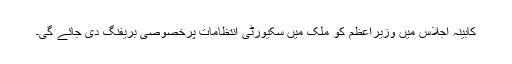
کابینہ اجلاس میں وزیراعظم کو ملک میں سکیورٹی انتظامات پرخصوصی بریفنگ دی جائے گی۔